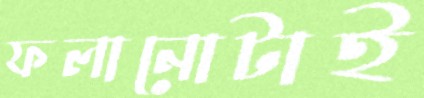
ফলানোটাই